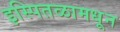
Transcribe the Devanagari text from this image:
इस्पितळामधून